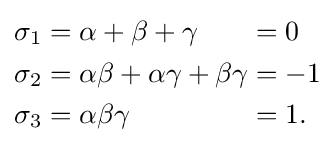
{\begin{alignedat}{3}\sigma _{1}&=\alpha +\beta +\gamma &&=0\\\sigma _{2}&=\alpha \beta +\alpha \gamma +\beta \gamma &&=-1\\\sigma _{3}&=\alpha \beta \gamma &&=1.\end{alignedat}}